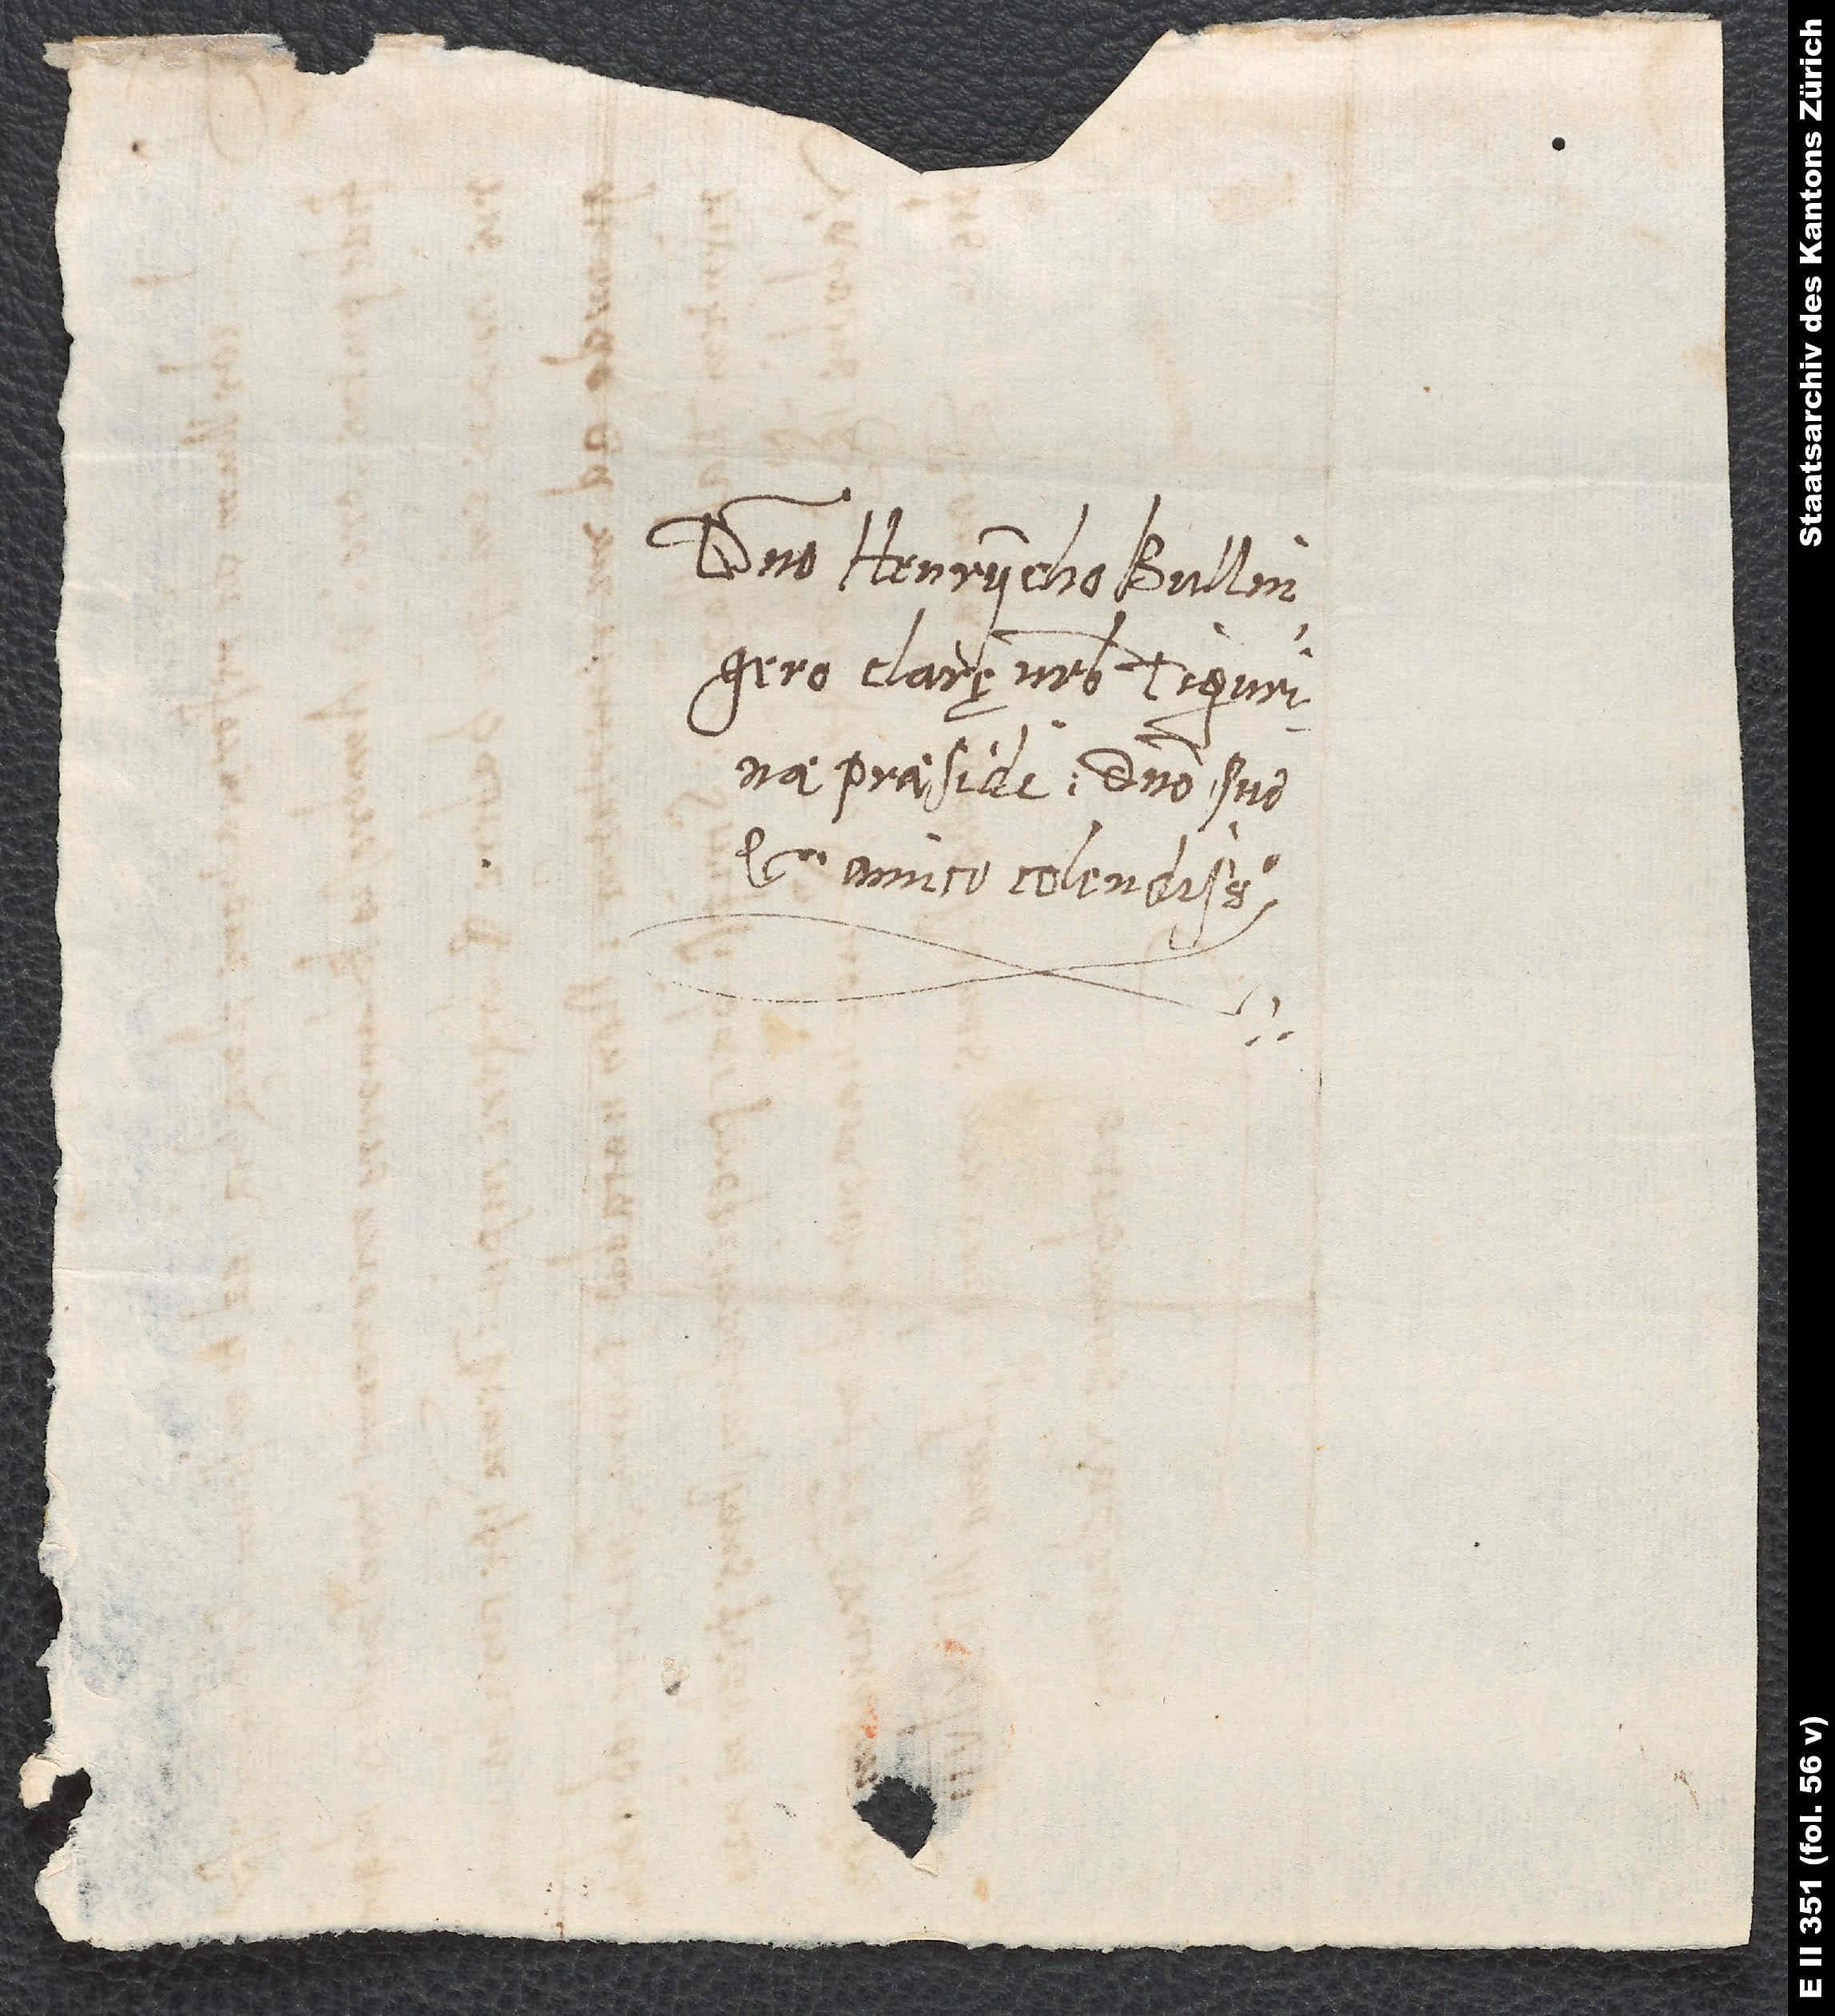
Domino Henrycho Bullingero,
clarę urbis Tigurinae
praesidi, domino suo
et amico colendissimo.